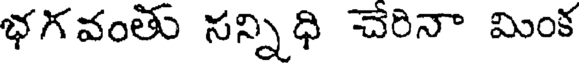
భగవంతు సన్నిధి చేరినా మింక